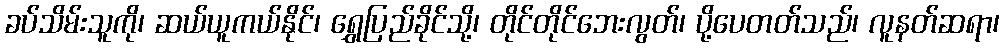
ခပ်သိမ်းသူကို၊ ဆယ်ယူကယ်နိုင်၊ ရွှေပြည်ခိုင်သို့၊ တိုင်တိုင်ဘေးလွတ်၊ ပို့ပေတတ်သည်၊ လူနတ်ဆရာ၊